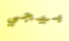
بيجي